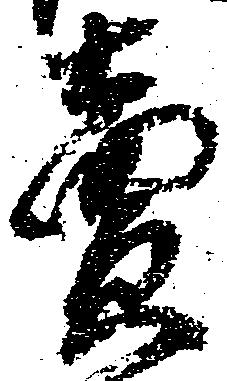
売